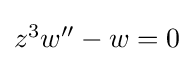
{\textstyle z^{3}w^{\prime \prime }-w=0}